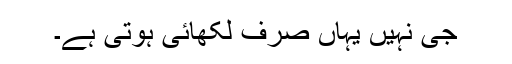
جی نہیں یہاں صرف لکھائی ہوتی ہے۔